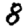
Digit: 8